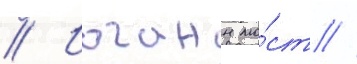
// Иоганн мо́ст //